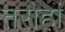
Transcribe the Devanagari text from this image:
तरौहां